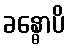
ခန္ဓောပိ